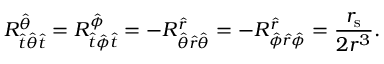
R ^ { \hat { \theta } } _ { { \hat { t } } { \hat { \theta } } { \hat { t } } } = R ^ { \hat { \phi } } _ { { \hat { t } } { \hat { \phi } } { \hat { t } } } = - R ^ { \hat { r } } _ { { \hat { \theta } } { \hat { r } } { \hat { \theta } } } = - R ^ { \hat { r } } _ { { \hat { \phi } } { \hat { r } } { \hat { \phi } } } = { \frac { r _ { \mathrm { s } } } { 2 r ^ { 3 } } } .